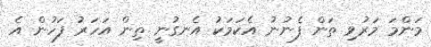
މަންމަ މަރުވި ތަން ފެނުނު އެކަމަކު އެނގުނީ ތިން އަހަރު ފަހުން އެ